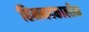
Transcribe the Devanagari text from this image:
हिमनदकालीन